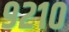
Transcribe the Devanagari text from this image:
९२१०